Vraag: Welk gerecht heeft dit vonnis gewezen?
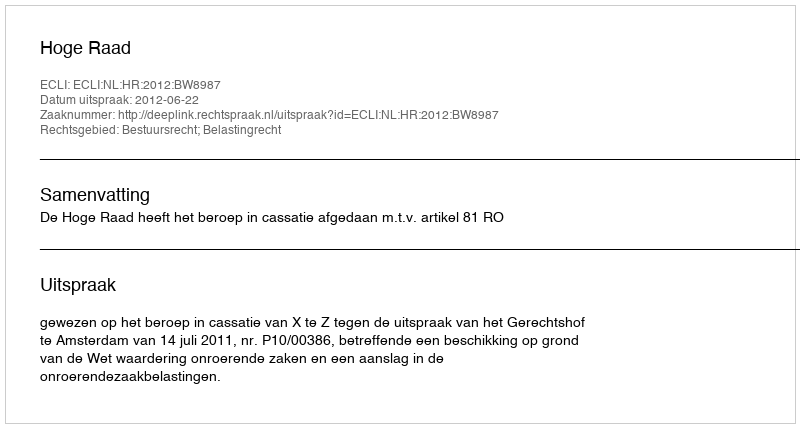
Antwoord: Hoge Raad